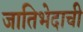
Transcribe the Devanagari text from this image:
जातिभेदाची